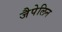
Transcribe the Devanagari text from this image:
जैपेलिन